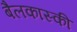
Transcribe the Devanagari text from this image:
बैलकास्की